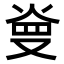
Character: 𤈬